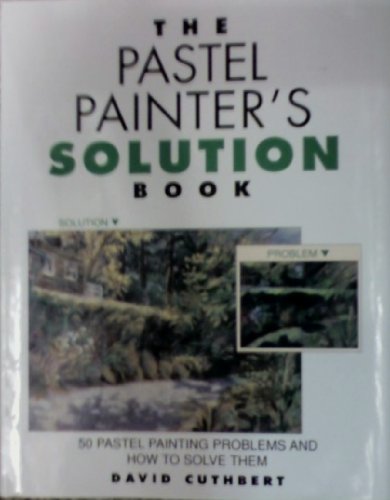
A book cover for Pastel Painter's Solution Book: 50 Pastel Painting Problems and How to Solve Them; David Cuthbert; Arts & Photography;